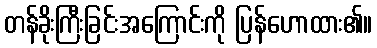
တန်ခိုးကြီးခြင်းအကြောင်းကို ပြန်ဟောထား၏။